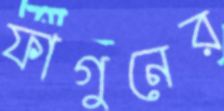
ফাগুনের